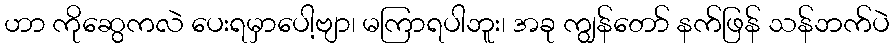
ဟာ ကိုဆွေကလဲ ပေးရမှာပေါ့ဗျာ၊ မကြာရပါဘူး၊ အခု ကျွန်တော် နက်ဖြန် သန်ဘက်ပဲ